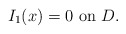
\begin{align*}\mbox{$I_1(x)=0$ on $D$.}\end{align*}